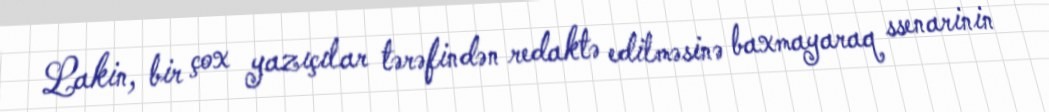
Lakin, bir çox yazıçılar tərəfindən redaktə edilməsinə baxmayaraq ssenarinin